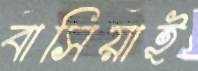
বাসিয়াই